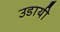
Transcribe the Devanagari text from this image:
उडायी